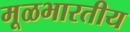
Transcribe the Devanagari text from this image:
मूळभारतीय